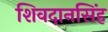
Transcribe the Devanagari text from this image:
शिवदानसिंह